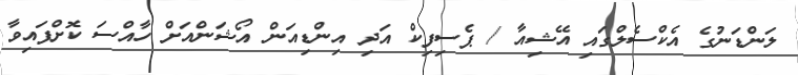
ލަންޑަނުގެ އެކްސެލްގައި އޭޝިއާ / ޕެސިފިކް އަދި އިންޑިއަން އޯޝަންއަށް ހާއްސަ ކޮށްފައިވާ